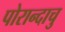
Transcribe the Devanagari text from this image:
पोरान्दाचु